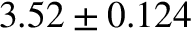
3 . 5 2 \pm 0 . 1 2 4